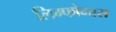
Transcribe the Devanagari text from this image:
लिम्‍फोमास